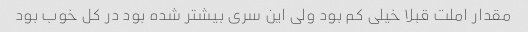
مقدار املت قبلا خیلی کم بود ولی این سری بیشتر شده بود در کل خوب بود